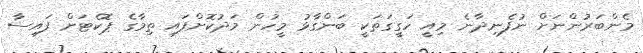
މެންބަރުންނަށް ނުފެނިދާނެ މިއީ ހަގީގަތަކީ ބަންގާޅު މީހުން މަދުކޮށްފައި ތިމާގެ ޕޮކެޓަށް ފައިސާ